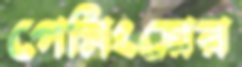
গেমিংয়ের